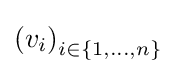
\left(v_{i}\right)_{i\in \{1,\ldots ,n\}}